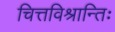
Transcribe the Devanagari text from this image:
चित्तविश्रान्तिः